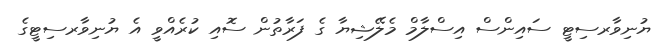
ޔުނިވާރސިޓީ ސައިންސް އިސްލާމް މެލޭޝިޔާ ގެ ފަރާތުން ސޮއި ކުރެއްވީ އެ ޔުނިވާރސިޓީގެ